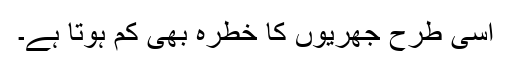
اسی طرح جھریوں کا خطرہ بھی کم ہوتا ہے۔